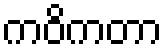
ကဝိကတာ